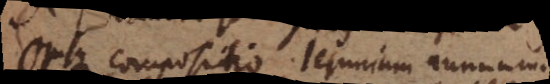
ejusque compositio. Jejunium annuum.